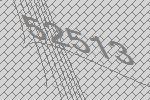
52513